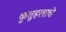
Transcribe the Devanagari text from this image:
कुतूहलाचे